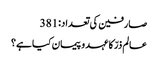
صارفین کی تعداد:381
عالم ذرّ کا عہد و پیمان کیا ہے؟